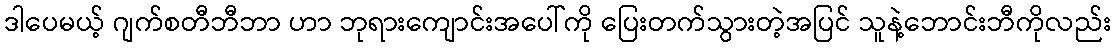
ဒါပေမယ့် ဂျက်စတီဘီဘာ ဟာ ဘုရားကျောင်းအပေါ်ကို ပြေးတက်သွားတဲ့အပြင် သူနဲ့ဘောင်းဘီကိုလည်း